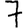
Digit: 7